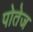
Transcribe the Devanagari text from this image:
पोतेज